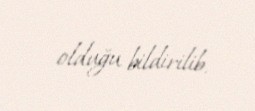
olduğu bildirilib.